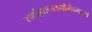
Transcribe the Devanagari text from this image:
सर्वाज्ञानतमोभेदभानवे